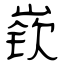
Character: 嵚